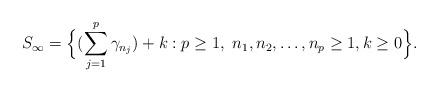
LaTeX: \begin{align*}S_\infty=\Big \{ (\sum_{j=1}^p \gamma_{n_j}) + k: p\ge 1,\ n_1,n_2,\ldots,n_p\ge 1, k\ge 0\Big \}. \end{align*}